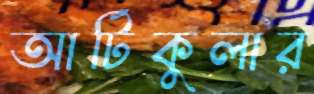
আর্টিকুলার